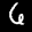
Label: 6